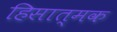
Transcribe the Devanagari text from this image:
हिसात्मक